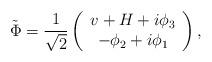
LaTeX: \begin{align*}\tilde{\Phi}=\frac{1}{\sqrt{2}}\left( \begin{array}{c}v+H+i\phi _{3} \\ -\phi _{2}+i\phi _{1}\end{array}\right) , \end{align*}